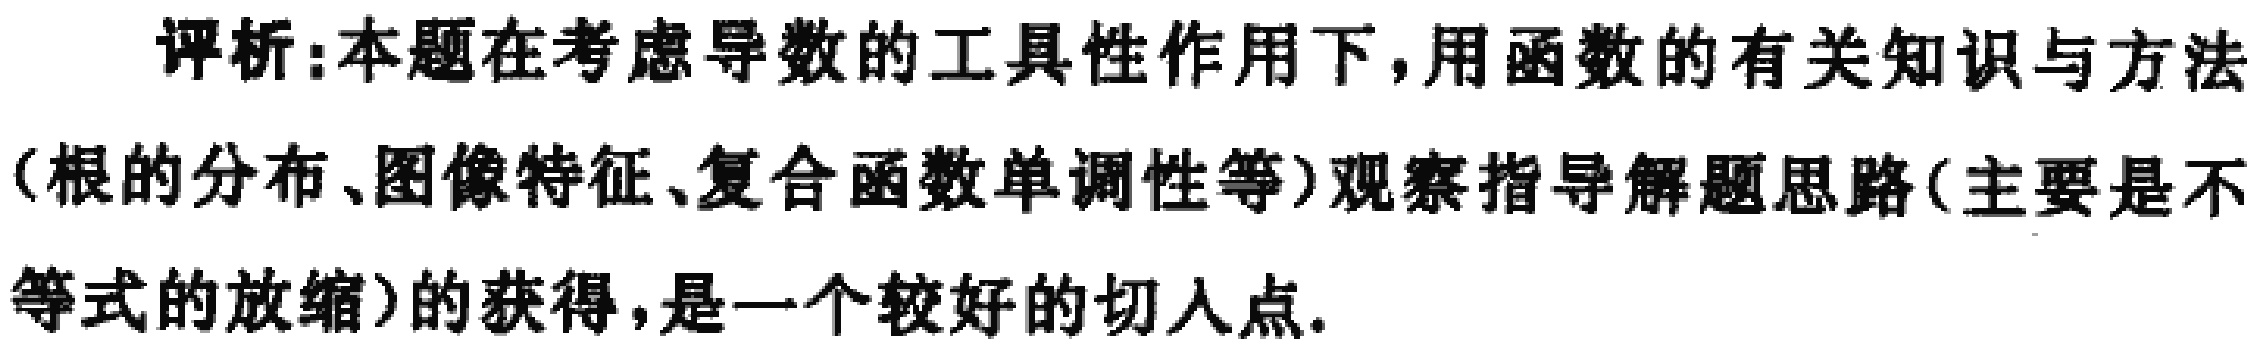
评析:本题在考虑导数的工具性作用下,用函数的有关知识与方法(根的分布、图像特征、复合函数单调性等)观察指导解题思路(主要是不等式的放缩)的获得,是一个较好的切入点.